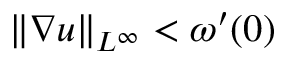
\| \nabla u \| _ { L ^ { \infty } } < \omega ^ { \prime } ( 0 )